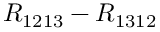
R _ { 1 2 1 3 } - R _ { 1 3 1 2 }